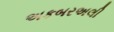
અકબરઅલી